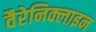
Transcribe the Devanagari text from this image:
वैरेनिक्लाइन